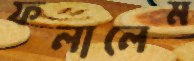
ফলালেম